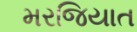
મરજિયાત